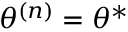
\boldsymbol { \theta ^ { ( n ) } } = \boldsymbol { \theta ^ { * } }